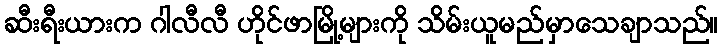
ဆီးရီးယားက ဂါလီလီ ဟိုင်ဖာမြို့များကို သိမ်းယူမည်မှာသေချာသည်။